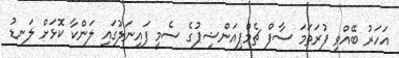
އަހަރު ބޭއްވި ފުރަތަމަ ސާފް ޗެމްޕިއަންޝިޕުގެ ސެމީ ފައިނަލުގައި ލަންކާ ކޮޅަށް ލަނޑު